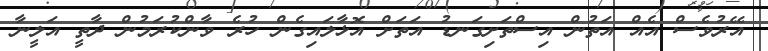
އޭރުވެސް އެއް އަތުން އިސްތަށިގަނޑު އަތަށް އޮޅާލައިގެން ހުރެ ވާންކުރަމުން ދާތީ އަލީނާ